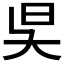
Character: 𣅔